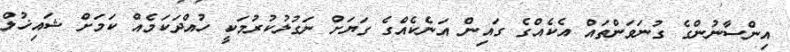
އިންސާނުންގެ ގުނަވަންތައް އެކެއްގެ ގައިން އަނެކެއްގެ ގަޔަށް ނަގުލުކުރުމަކީ ހުއްދަކަމެއް ކަމަށް ޝައިޚުލް